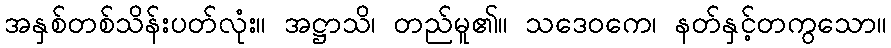
အနှစ်တစ်သိန်းပတ်လုံး။ အဋ္ဌာသိ၊ တည်မူ၏။ သဒေဝကေ၊ နတ်နှင့်တကွသော။